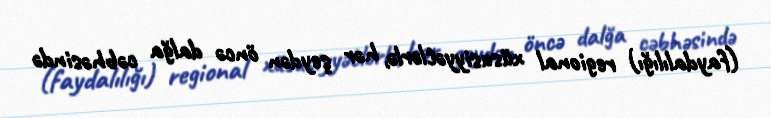
(faydalılığı) regional xüsusiyyətlərlə, hər şeydən öncə dalğa cəbhəsində